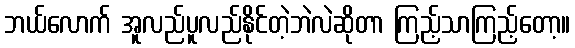
ဘယ်လောက် အူလည်ပူလည်နိုင်တဲ့ဘဲလဲဆိုတာ ကြည့်သာကြည့်တော့။